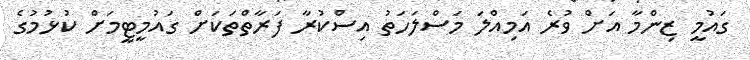
ގައުމީ ޒިންމާ އަށް ވުރެ އަމިއްލަ މަސްލަހަތު އިސްކުރާ ފަރާތްތަކަށް ގައުމީޓީމަށް ކުޅުމުގެ